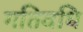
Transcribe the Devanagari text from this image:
गतिवधि